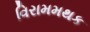
વિરામમથક